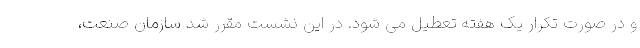
و در صورت تکرار یک هفته تعطیل می شود. در این نشست مقرر شد سازمان صنعت،